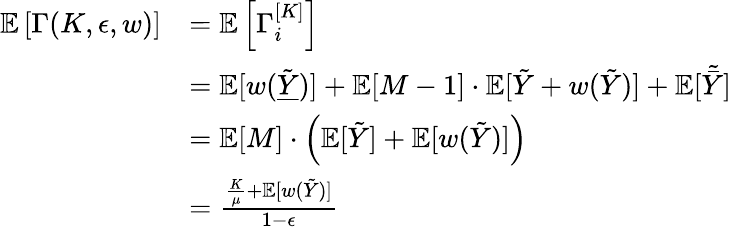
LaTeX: \begin{array}{rl}{\mathbb{E}\left[\Gamma(K,\epsilon,w)\right]}&{=\mathbb{E}\left[\Gamma_{i}^{[K]}\right]}\\ &{=\mathbb{E}[w(\tilde{\underline{{Y}}})]+\mathbb{E}[M-1]\cdot\mathbb{E}[\tilde{Y}+w(\tilde{Y})]+\mathbb{E}[\tilde{\bar{Y}}]}\\ &{=\mathbb{E}[M]\cdot\left(\mathbb{E}[\tilde{Y}]+\mathbb{E}[w(\tilde{Y})]\right)}\\ &{=\frac{\frac{K}{\mu}+\mathbb{E}[w(\tilde{Y})]}{1-\epsilon}}\end{array}